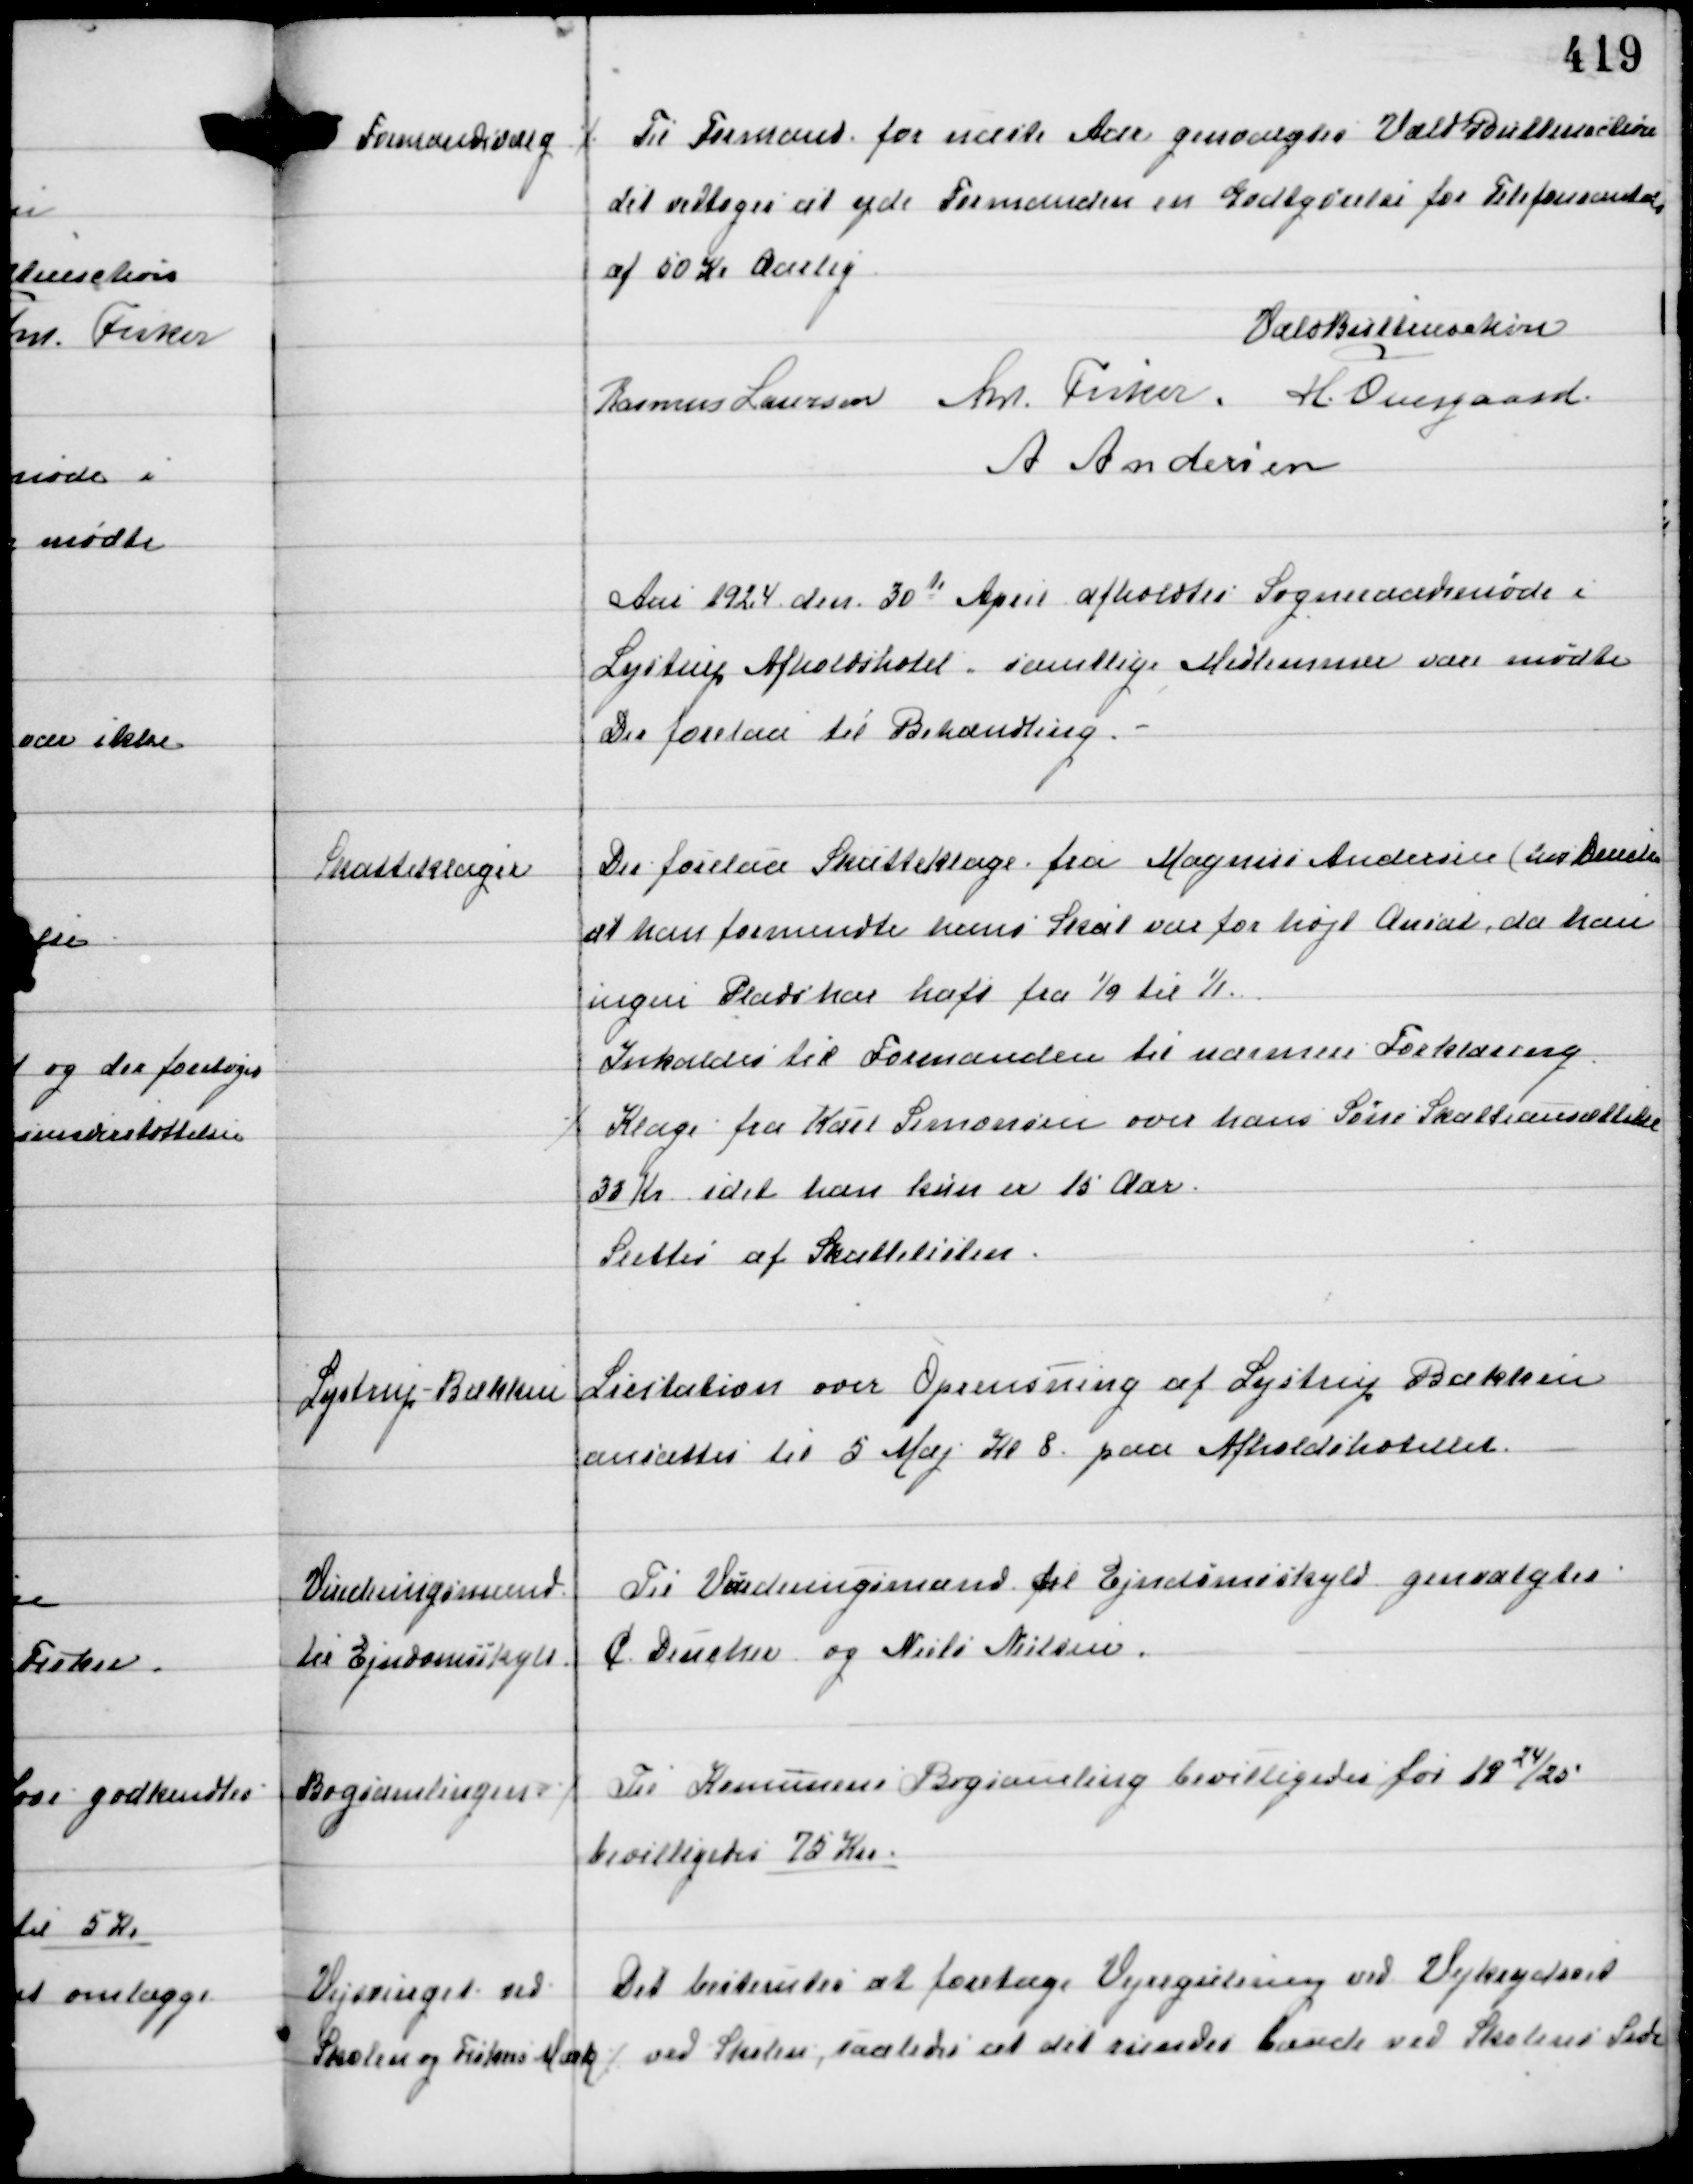
Transskription:
Formandsvalg

⁒ Til Formand for det næste Aar genvalgtes Vald Buttenschøn
det vedtoges at yde Formanden en Godtgørelse for Telefonsamtaler
af 50 Kr Aarlig

Vald Buttenschøn
Rasmus Laursen Ant Fisker H. Overgaard
A Andersen

Aar 1924 den 30te April afholdtes Sogneraadsmøde i
Lystrup Afholdshotel, samtlige Medlemmer vare mødte
Der forelaa til Behandling.

Skatteklager

Der forelaa Skatteklage fra Magnus Andersen (hos Dencker)
at han formendte hans Skat var for højt Ansat, da han
ingen Plads har haft fra 1/9 til 1/1.
Indkaldes til Formanden til nærmere Forklaring
⁒ Klage fra Karl Simonsen over hans Søns Skatteansættelse
33 Kr idet han kun er 15 Aar.
Slettes af Skattelisten.

Lystrup-Bækken

Licitation over Oprensning af Lystrup Bækken
ansattes til 5 Maj Kl 8 paa Afholdshotellet.

Vurderingsmænd
til Ejendomsskyld

Til Vurderingsmænd til Ejendomsskyld genvalgtes
C Dencker og Niels Nielsen.

Bogsamlingen

⁒ Til Komunens Bogsamling bevilligedes for 1924/25
bevilligedes 75 Kr.

Vejsvinget ved
Skolen og Fiskers Mark ⁒

Det bestemtes at foretage Vejregulering ved Vejkrydset
ved Skolen, saaledes at det runder hande ved Skolens Side